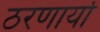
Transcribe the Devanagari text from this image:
ठरणार्या